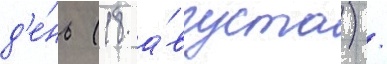
д'е́нь (18 а́вгуста) /